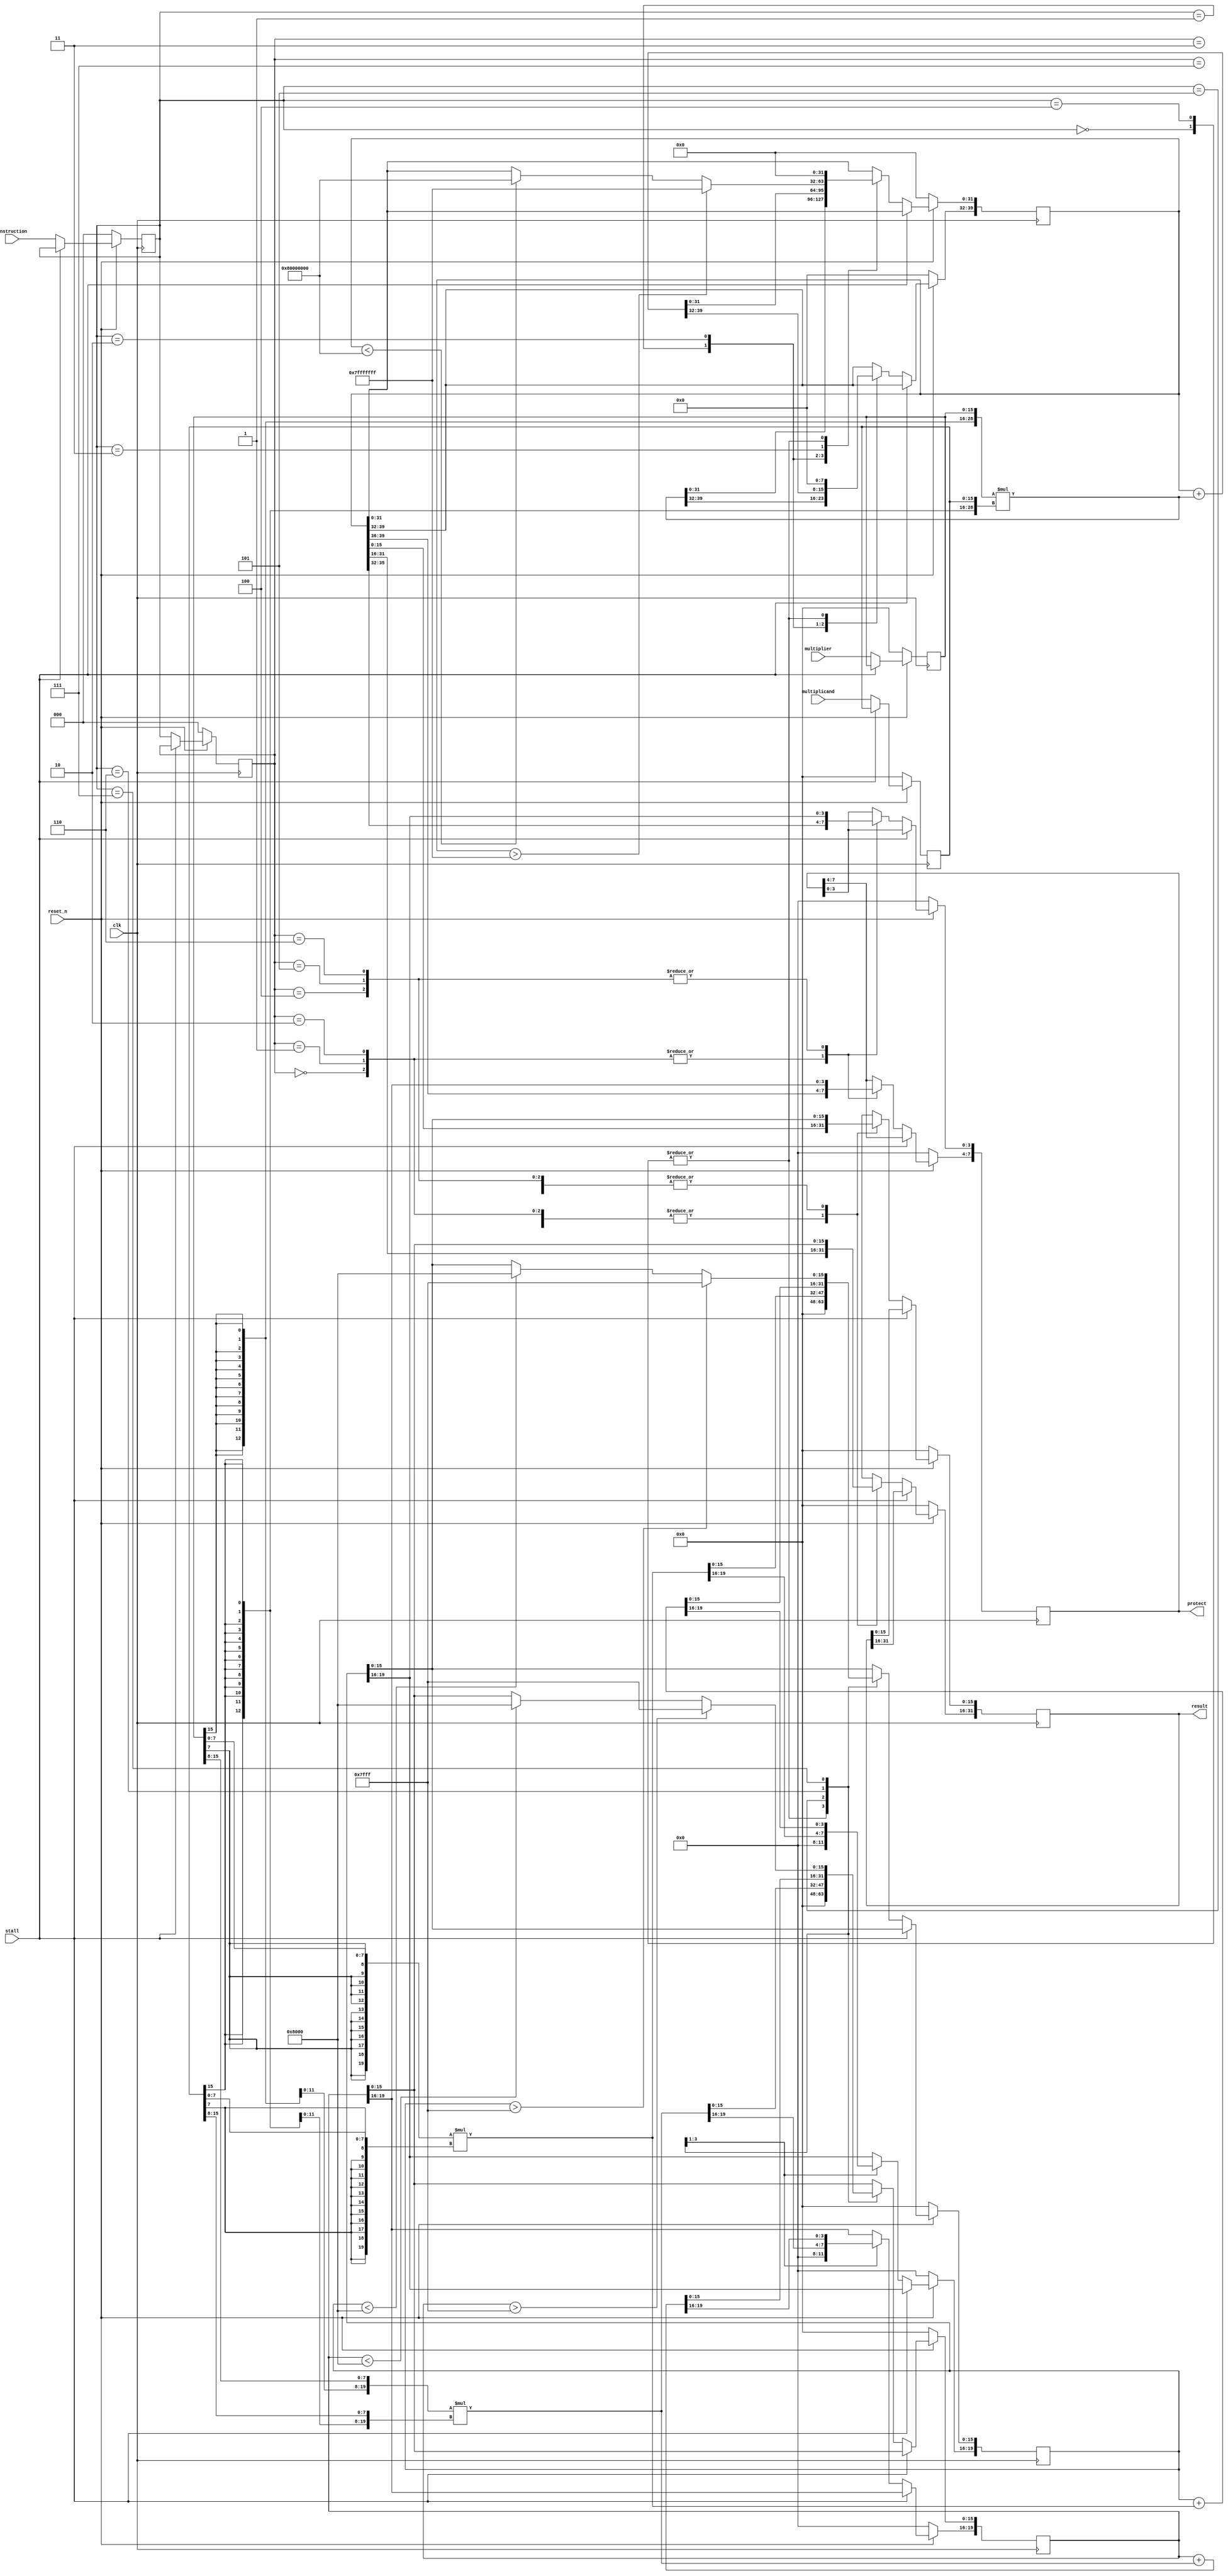
module mac (instruction, multiplier, multiplicand, stall, clk, reset_n, result, protect);
    input signed [15:0] multiplier;
    input signed [15:0] multiplicand; 
    input  clk;
    input  reset_n;
    input  stall;
    input  [2:0] instruction;
    output reg [31:0] result;
    output reg [7:0] protect;

    //Add you design here

    reg signed [15:0] multip, mulcand; 
    reg [2:0] ins1, ins2; 
    reg [39:0] tmp16;
    reg [19:0] tmp8_1, tmp8_2;
    wire [7:0] mul_1, mul_2; 
    wire [7:0] mulc_1, mulc_2;
    assign {mul_1[7:0], mul_2[7:0]} = multip[15:0];
    assign {mulc_1[7:0], mulc_2[7:0]} = mulcand[15:0];
    always @(posedge clk) begin
        if (!reset_n) begin
            multip <= 0;
            mulcand <= 0;
            ins1 <= 0;
            ins2 <= 0;
        end 
        else begin
            if (!stall) begin
                multip <= multiplier;
                mulcand <= multiplicand;
                ins1 <= instruction;
                ins2 <= ins1;
            end
        end
    end
    always @(posedge clk) begin
        if (!reset_n) begin
            tmp16 <= 40'd0;
            tmp8_2 <= 20'd0;
            tmp8_1 <= 20'd0;
        end else begin
            if (!stall) begin
                case (ins1)
                    3'b000: begin
                        tmp16 <= 40'd0;
                        tmp8_2 <= 20'd0; 
                        tmp8_1 <= 20'd0;
                    end 

                    3'b001: begin
                        tmp16 <= {{24{multip[15]}}, multip} * {{24{mulcand[15]}}, mulcand};
                    end
                    
                    3'b010: begin
                        tmp16 <= tmp16 + {{24{multip[15]}}, multip} * {{24{mulcand[15]}}, mulcand};
                    end
                    3'b011: begin
                        if ($signed(tmp16) > $signed(40'h007fffffff)) begin
                            tmp16[31:0] <= 32'h7fffffff; 
                        end else if($signed(tmp16) < $signed(40'hff80000000)) begin
                            tmp16[31:0] <= 32'h80000000;  
                        end else begin
                            tmp16 <= tmp16;  
                        end
                    end

                    3'b100: begin
                        tmp16 <= 40'd0; 
                        tmp8_2 <= 20'd0;
                        tmp8_1 <= 20'd0;
                    end

                    3'b101: begin
                        tmp8_2 <= {{12{mul_2[7]}}, mul_2} * {{12{mulc_2[7]}}, mulc_2};
                        tmp8_1 <= {{12{mul_1[7]}}, mul_1} * {{12{mulc_1[7]}}, mulc_1};
                    end

                    3'b110: begin
                        tmp8_2 <= tmp8_2 + {{12{mul_2[7]}}, mul_2} * {{12{mulc_2[7]}}, mulc_2};
                        tmp8_1 <= tmp8_1 + {{12{mul_1[7]}}, mul_1} * {{12{mulc_1[7]}}, mulc_1};
                    end
                    3'b111: begin
                        if($signed(tmp8_2) > $signed(20'h07fff)) begin
                            tmp8_2[15:0] <= 16'h7fff; 
                        end else if($signed(tmp8_2) < $signed(20'hf8000)) begin
                            tmp8_2[15:0] <= 16'h8000; 
                        end else begin
                            tmp8_2 <= tmp8_2;
                        end
                            
                        if($signed(tmp8_1) > $signed(20'h07fff)) begin
                            tmp8_1[15:0] <= 16'h7fff;
                        end else if($signed(tmp8_1) < $signed(20'hf8000)) begin
                            tmp8_1[15:0] <= 16'h8000;
                        end else begin
                            tmp8_1 <= tmp8_1;
                        end
                    end
                    
                    default: begin
                        tmp8_2 <= tmp8_2;
                        tmp8_1 <= tmp8_1;
                        tmp16 <= tmp16; 
                    end
                endcase 
            end
        end
    end
    always @(posedge clk) begin
        if (!reset_n) begin
            {protect[7:0], result[31:0]} <= 40'd0;
        end else begin
            if (!stall) begin
                case (ins2)
                    3'b000: begin
                        {protect[7:0], result[31:0]} <= tmp16;
                    end 

                    3'b001: begin
                        {protect[7:0], result[31:0]} <= tmp16;
                    end

                    3'b010: begin
                        {protect[7:0], result[31:0]} <= tmp16;
                    end

                    3'b011: begin
                        result <= tmp16[31:0];
                    end

                    3'b100: begin
                        {protect[3:0], result[15:0]} <= tmp8_2;
                        {protect[7:4], result[31:16]} <= tmp8_1;
                    end

                    3'b101: begin
                        {protect[3:0], result[15:0]} <= tmp8_2;
                        {protect[7:4], result[31:16]} <= tmp8_1;
                    end

                    3'b110: begin
                        {protect[3:0], result[15:0]} <= tmp8_2;
                        {protect[7:4], result[31:16]} <= tmp8_1;
                    end

                    3'b111: begin
                        result[15:0] <= tmp8_2[15:0];
                        result[31:16] <= tmp8_1[15:0];
                    end

                    default: begin
                        {protect[7:0], result[31:0]} <= {protect[7:0], result[31:0]};                    
                    end
                endcase
            end 
            else
                {protect[7:0], result[31:0]} <= {protect[7:0], result[31:0]};
        end
    end

endmodule